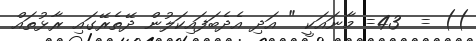
)) =  43= މާނައަކީ " އަދި އެދެބަފައިކަލުން ދޭތެރޭގައި ރާޅުތައް